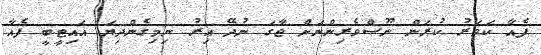
ފެއާ ކަވަރު ކުރަން ނޫސްވެރިންނަށް ޖާގަ ނުދޭ އިރު ނިމިގެންދިޔަ އައިޓީބީ ފެއާ